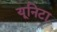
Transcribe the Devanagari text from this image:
यूनिटा